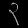
Digit: ၃